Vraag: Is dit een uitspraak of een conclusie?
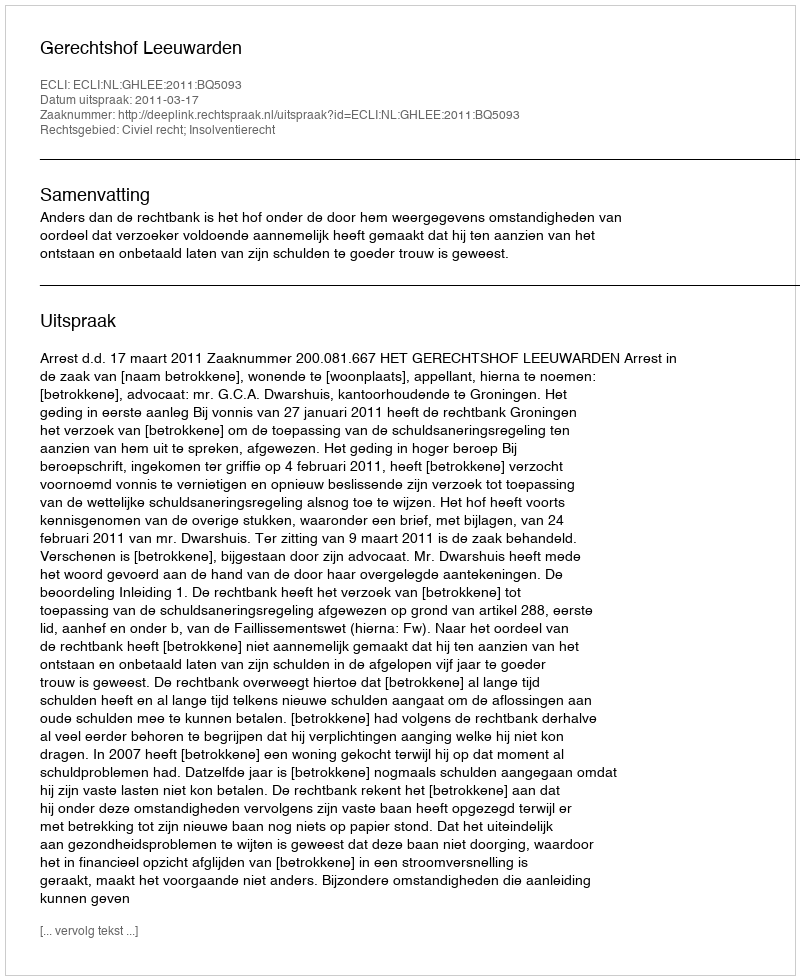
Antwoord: Uitspraak